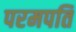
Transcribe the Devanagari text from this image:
परमपति